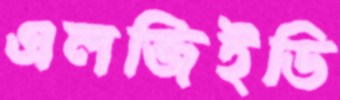
এলজিইডি